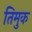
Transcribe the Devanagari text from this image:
तिमुक